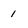
Character: i